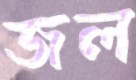
জল